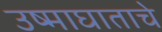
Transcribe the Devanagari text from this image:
उष्माघाताचे